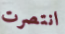
انتصرت